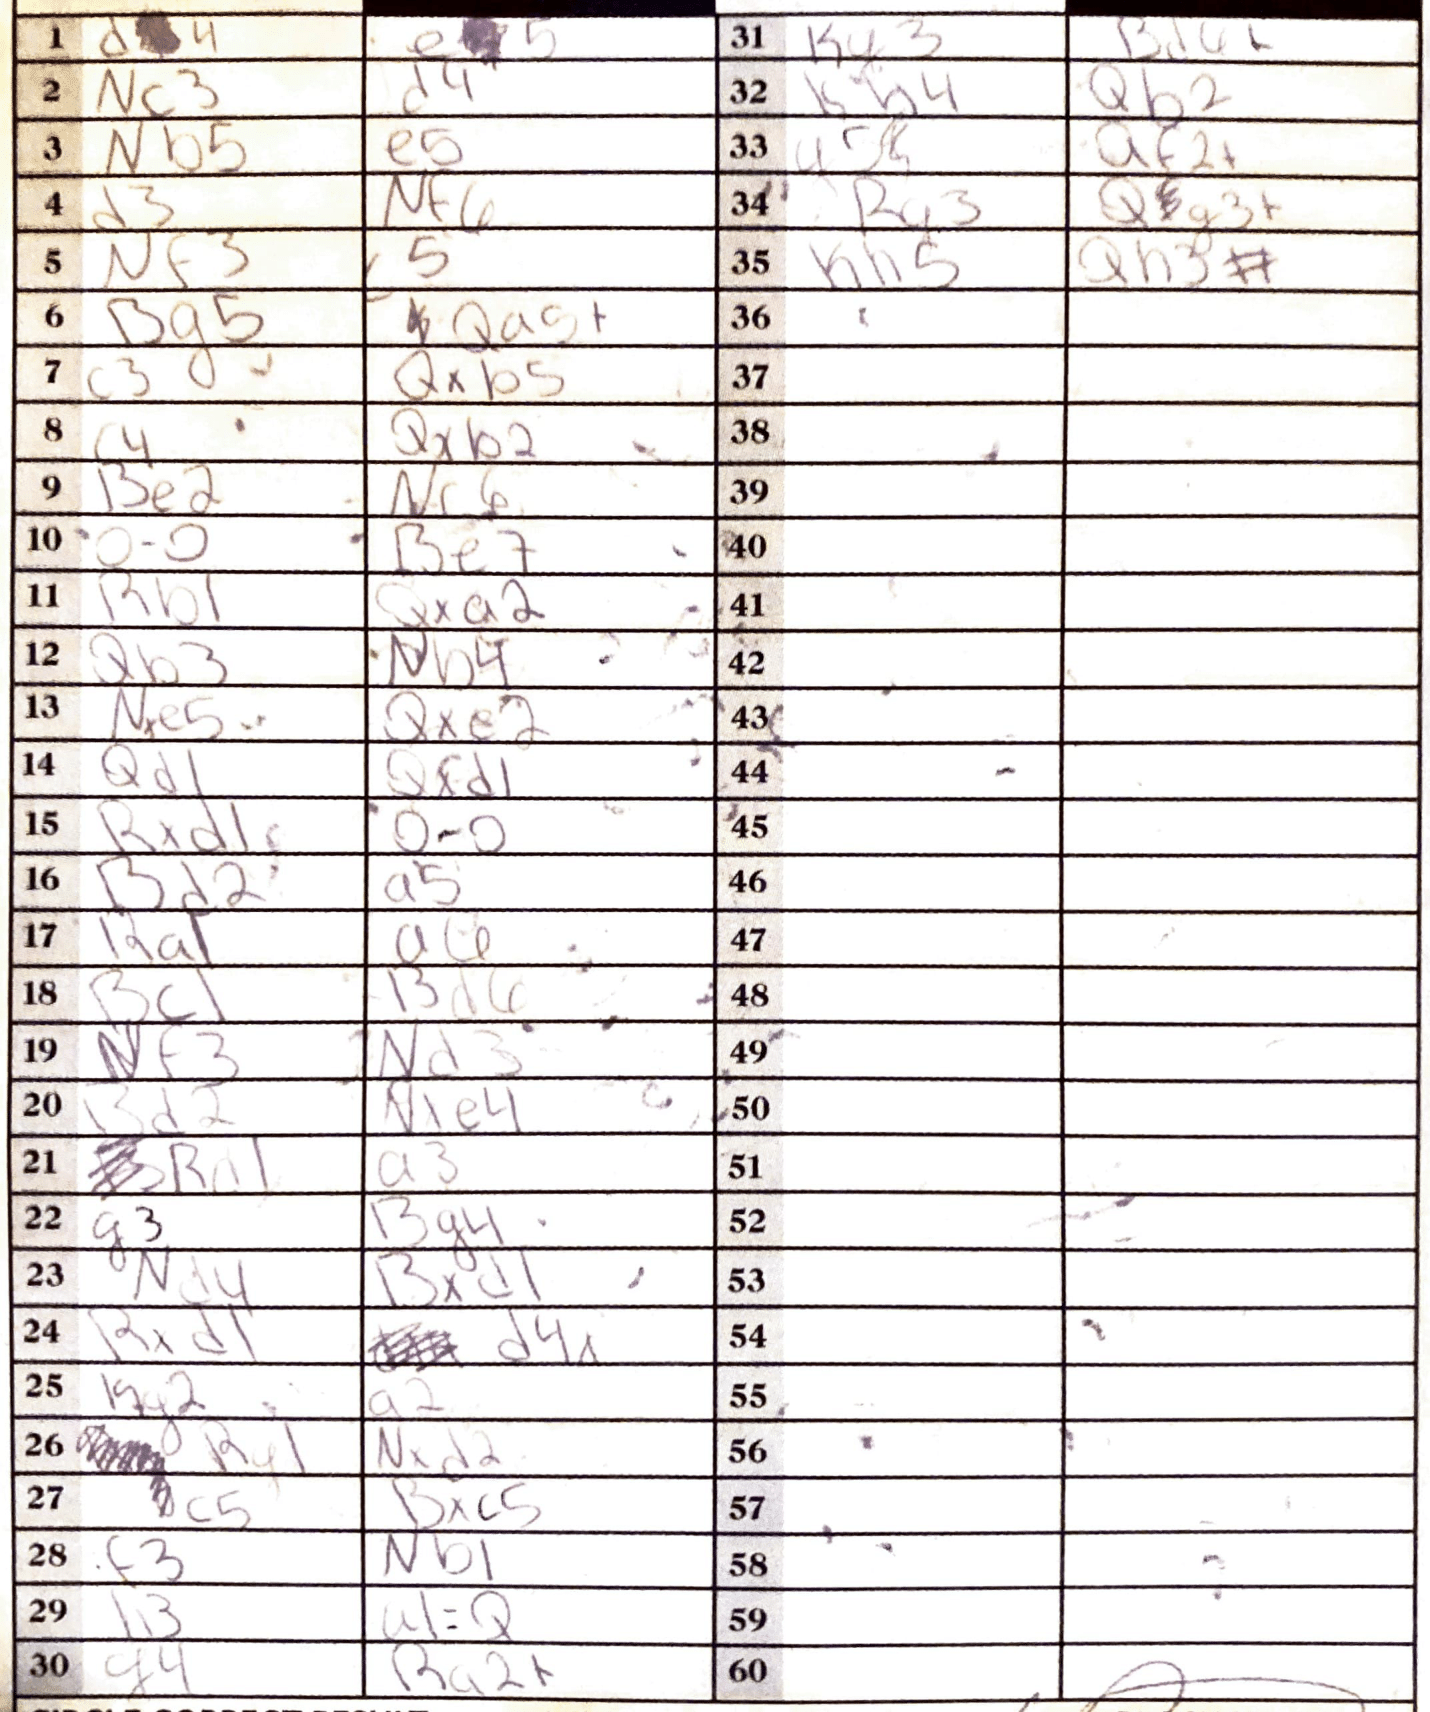
Moves: d4 a5 Nc3 d4 Nb5 e5 d3 Nf6 Nf3 c5 Bg5 Qa5+ c3 Qxb5 c4 Qxb2 Be2 Nc6 O-O Be7 Rb1 Qxa2 Qb5 Nb4 Nxe5 Qxe2 Qd1 Qxd1 Raxd1 O-O Bd2 a5 Ra1 a4 Bc1 Bd6 Nf3 Nxd3 Bd2 Nxe4 Rad1 a3 g3 Bg4 Nxd4 Bxd1 Rxd1 cd Kg2 a2 Rg1 Nxd2 c5 Bxc5 f3 Nb1 h3 a1=Q g4 Ra2+ Kg3 Ba6+ Kh4 Qb2 g5 Qf2+ Rg3 Qxg3+ Kh5 Qxh3#